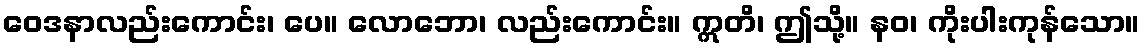
ဝေဒနာလည်းကောင်း၊ ပေ။ လောဘော၊ လည်းကောင်း။ ဣတိ၊ ဤသို့။ နဝ၊ ကိုးပါးကုန်သော။